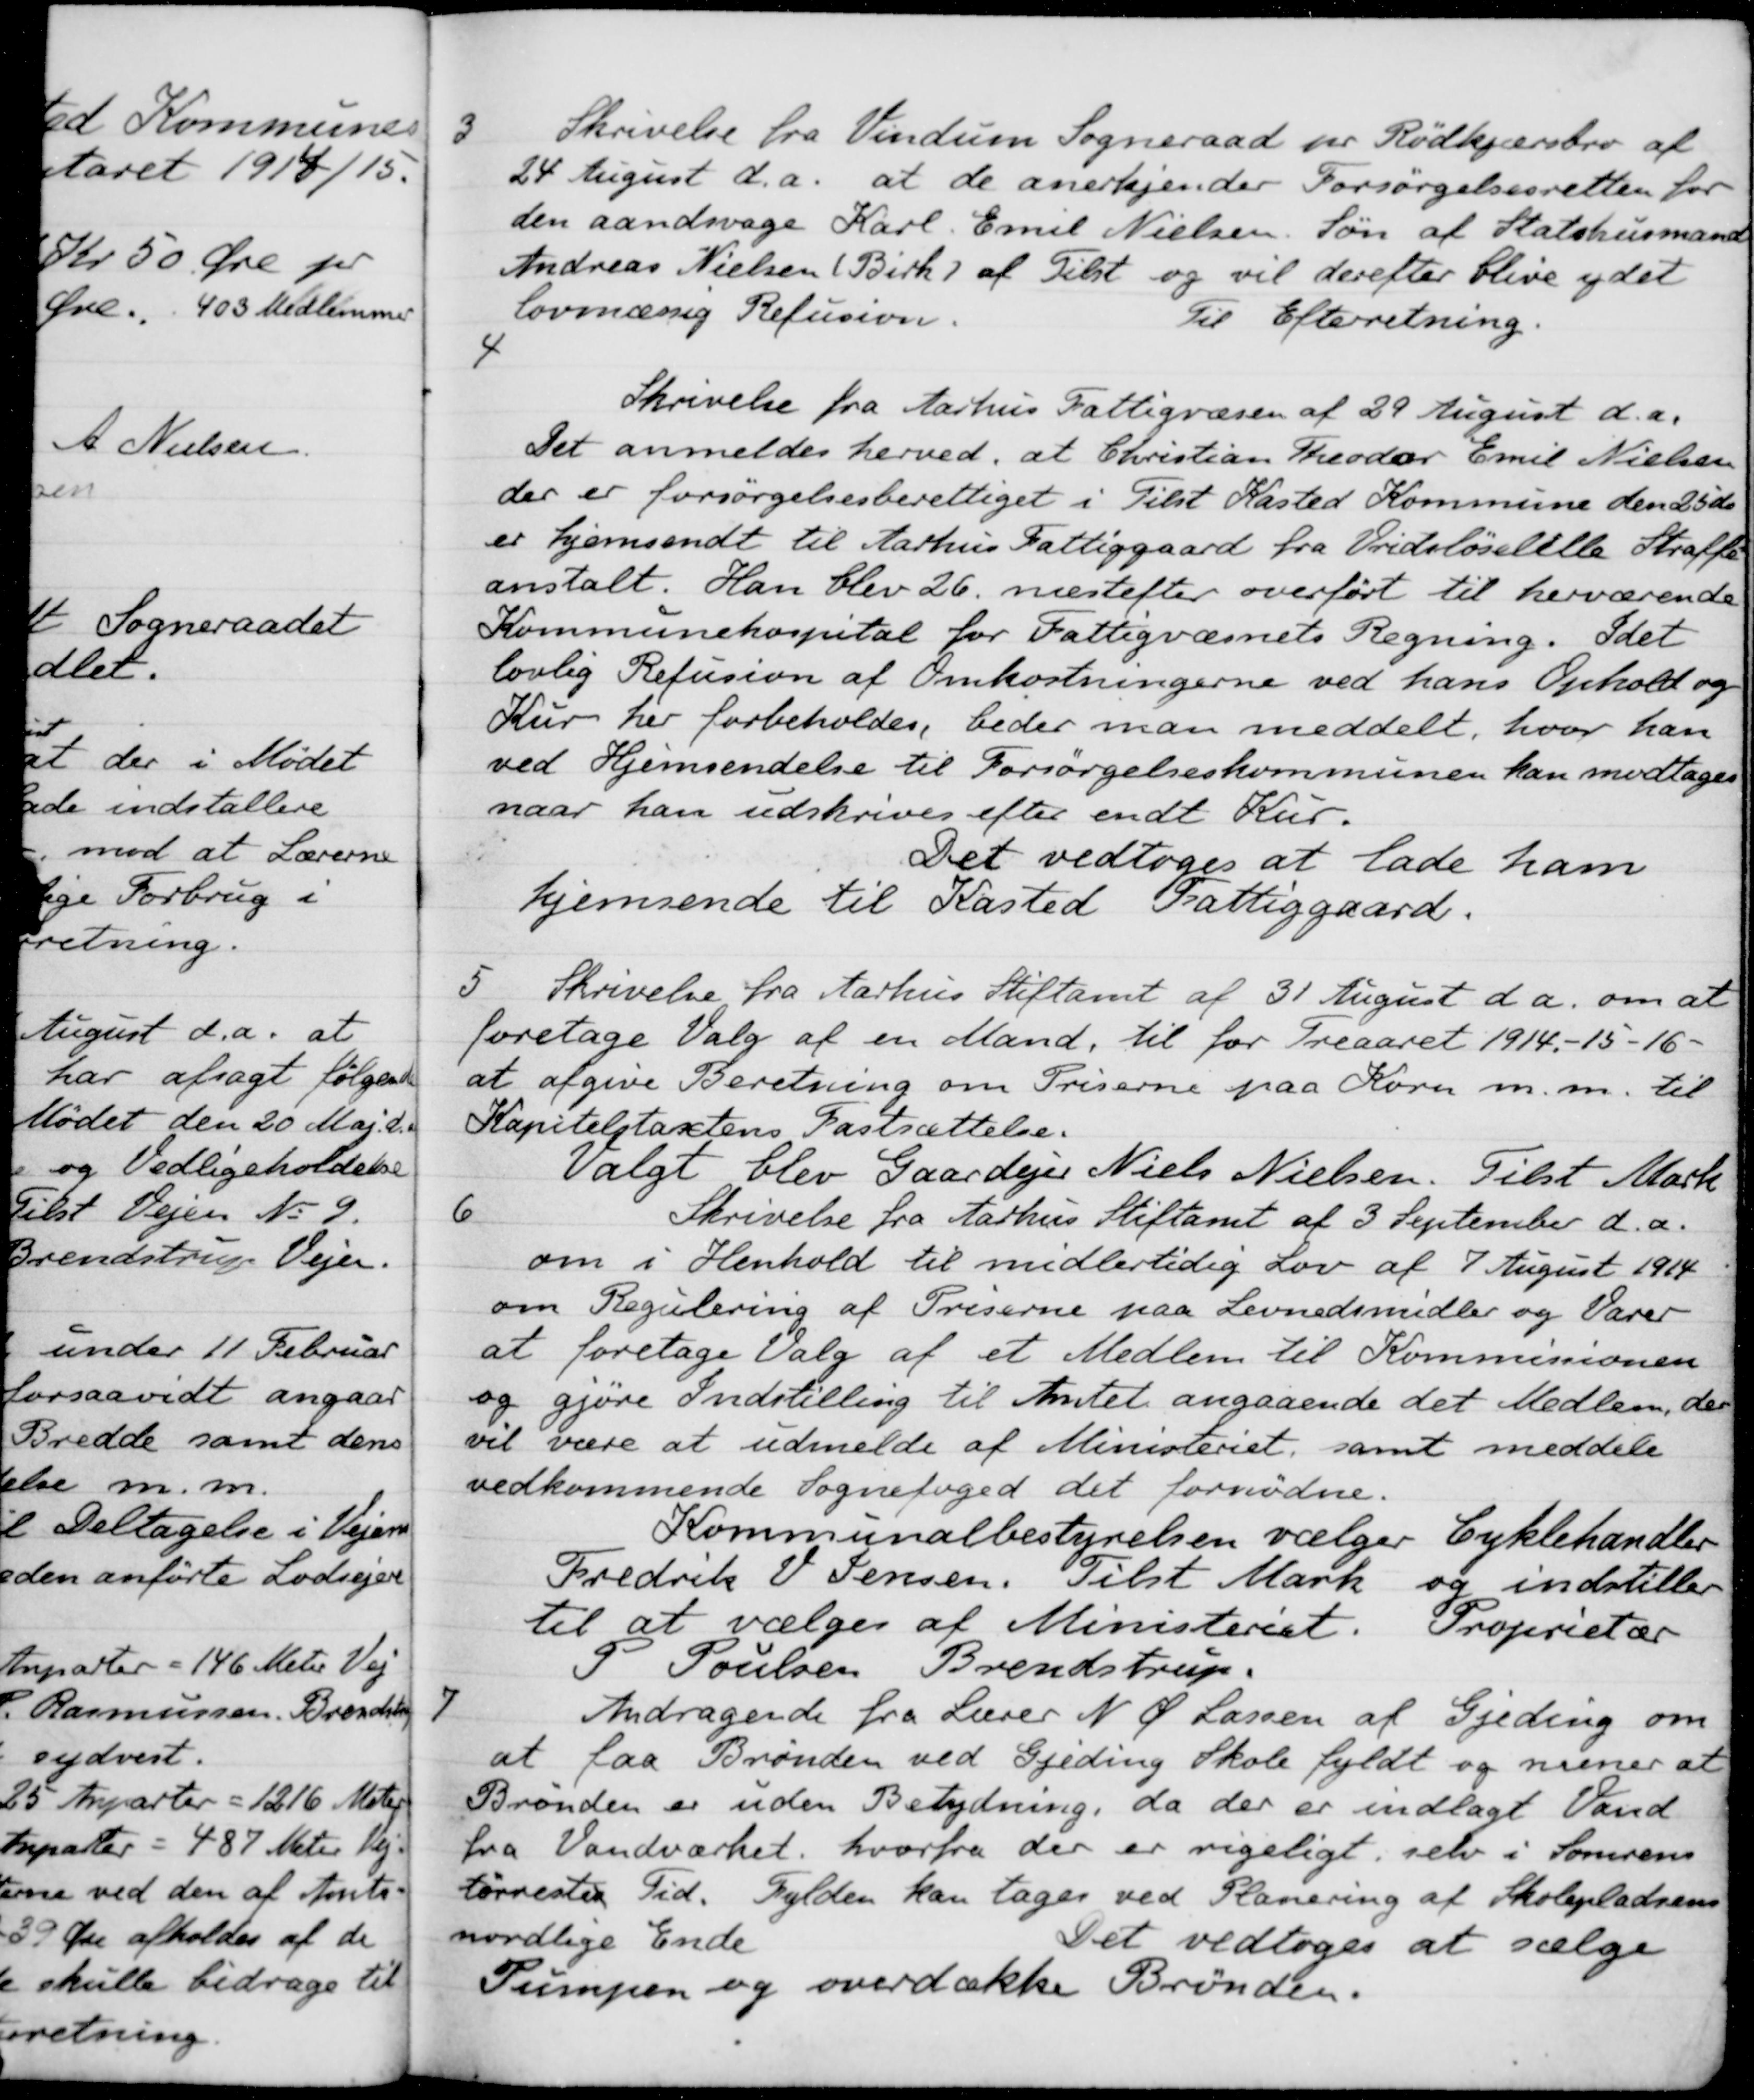
Transskription:
3
Skrivelse fra Vindum Sogneraad pr Rødkjærsbro af
24 August d.a. at de anerkjender Forsørgelsesretten for
den aandsvage Karl Emil Nielsen. Søn af Statshusmand
Andreas Nielsen Birk af Tilst og vil derefter blive ydet
lovmæssig Refusion.
Til Efterretning.
4
Skrivelse fra Aarhus Fattigvæsen af 29 August d.a.
Det anmeldes herved, at Christian Theodor Emil Nielsen
der er forsørgelsesberettiget i Tilst Kasted Kommune den 25 ds.
er hjemsendt til Aarhus Fattiggaard fra Vridsløselille Straffe-
anstalt. Han blev 26, næstefter overført til herværende
Kommunehospital for Fattigvæsnets Regning. Idet
lovlig Refusion af Omkostningerne ved hans Ophold og
Kur her forbeholdes, beder man meddelt, hvor han
ved Hjemsendelse til Forsørgelseskommunen kan modtages
naar han udskrives efter endt Kur.
Det vedtoges at lade ham
hjemsende til Kasted Fattiggaard.
5.
Skrivelse fra Aarhus Stiftamt af 31 August d a. om at
foretage Valg af en Mand, til for Treaaret 1914-15-16 -
at afgive Beretning om Priserne paa Korn m.m. til
Kapitelstaxtens Fastsættelse.
Valgt blev Gaardejer Niels Nielsen. Tilst Mark
6
Skrivelse fra Aarhus Stiftamt af 3 September d.a.
om i Henhold til midlertidig Lov af 7 August 1914
om Regulering af Priserne paa Levnedsmidler og Varer
at foretage Valg af et Medlem til Kommissionen
og gjøre Indstilling til Amtet angaaende det Medlem, der
vil være at udmelde af Ministeriet, samt meddele
vedkommende Sognefoged det fornødne.
Kommunalbestyrelsen vælger Cyklehandler
Fredrik V. Jensen. Tilst Mark og indstiller
til at vælges af Ministeriet. Proprietær
P Poulsen Brendstrup.
7
Andragende fra Lærer N. P. Lassen af Gjeding om
at faa Brønden ved Gjeding Skole fyldt og mener at
Brønden er uden Betydning, da der er indlagt Vand
fra Vandværket, hvorfra der er rigeligt, selv i Somrens
tørreste Tid. Fylden kan tages ved Planering af Skolepladsens
nordlige Ende
Det vedtoges at sælge
Pumpen og overdække Brønden.